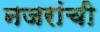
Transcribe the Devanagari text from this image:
नजरांची